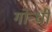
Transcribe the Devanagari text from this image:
गोन्धी